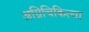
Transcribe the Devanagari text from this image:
अग्निचिकित्सा